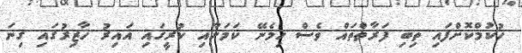
ހުކުމްކޮށްފައި ތިބި ފަރާތްތައް ވެސް ހިމެނޭ ކަމަށާއި ކުރީގައި ޣައިރު ހާޒިރުގައި ގިނަ